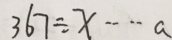
3 6 7 \div x \cdots a